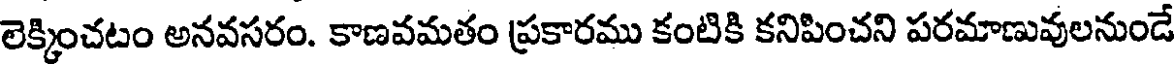
లెక్కించటం అనవసరం. కాణవమతం ప్రకారము కంటికి కనిపించని పరమాణువులనుండే